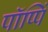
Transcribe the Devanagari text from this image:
पॉप्पिं